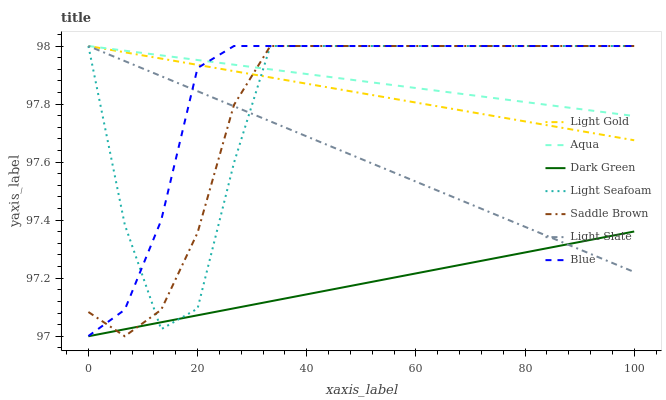
| xaxis_label | Light Gold | Aqua | Dark Green | Light Seafoam | Saddle Brown | Light Slate | Blue |
 | --- | --- | --- | --- | --- | --- | --- | --- |
 | 0 | 98 | 98 | 97 | 98 | 97.1 | 98 | 97 |
 | 6.67 | 98 | 98 | 97 | 97.4 | 97 | 97.9 | 97.1 |
 | 13.3 | 98 | 98 | 97 | 97 | 97.1 | 97.9 | 97.4 |
 | 20 | 97.9 | 98 | 97.1 | 97.1 | 97.4 | 97.8 | 97.9 |
 | 26.7 | 97.9 | 97.9 | 97.1 | 97.6 | 97.8 | 97.8 | 98 |
 | 33.3 | 97.9 | 97.9 | 97.1 | 98 | 98 | 97.7 | 98 |
 | 40 | 97.9 | 97.9 | 97.1 | 98 | 98 | 97.7 | 98 |
 | 46.7 | 97.8 | 97.9 | 97.2 | 98 | 98 | 97.6 | 98 |
 | 53.3 | 97.8 | 97.9 | 97.2 | 98 | 98 | 97.6 | 98 |
 | 60 | 97.8 | 97.9 | 97.2 | 98 | 98 | 97.5 | 98 |
 | 66.7 | 97.8 | 97.8 | 97.2 | 98 | 98 | 97.5 | 98 |
 | 73.3 | 97.8 | 97.8 | 97.3 | 98 | 98 | 97.4 | 98 |
 | 80 | 97.7 | 97.8 | 97.3 | 98 | 98 | 97.4 | 98 |
 | 86.7 | 97.7 | 97.8 | 97.3 | 98 | 98 | 97.3 | 98 |
 | 93.3 | 97.7 | 97.8 | 97.3 | 98 | 98 | 97.3 | 98 |
 | 100 | 97.7 | 97.8 | 97.4 | 98 | 98 | 97.2 | 98 |